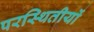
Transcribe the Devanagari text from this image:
परस्थितीयों